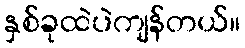
နှစ်ခုထဲပဲကျန်တယ်။